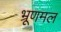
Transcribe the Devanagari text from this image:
भ्रूणमल